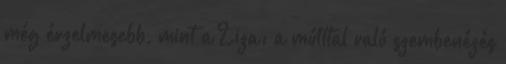
még érzelmesebb, mint a Liza: a múlttal való szembenézés